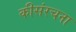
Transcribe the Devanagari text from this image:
कीसंरचना